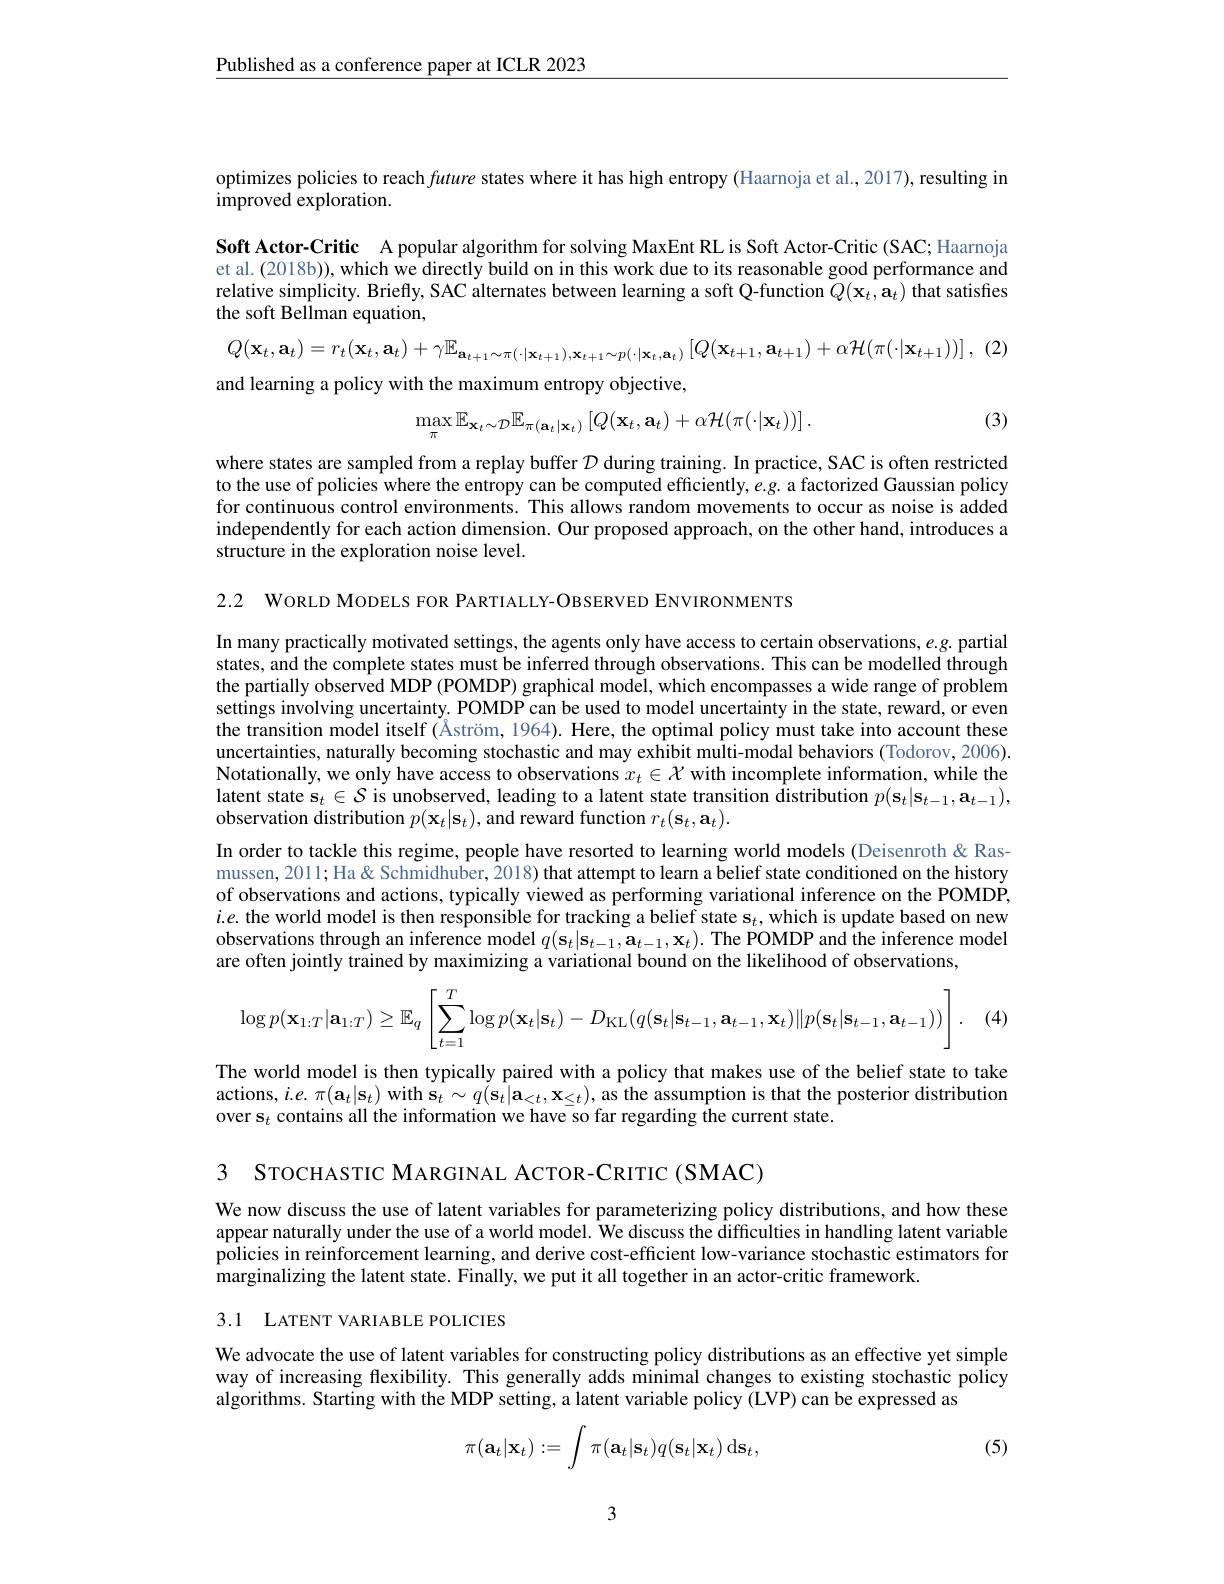
$\underline{\text{Published as a conference paper at ICLR 2023}}$

optimizes policies to reach future states where it has high entropy (Haarnoja et al., 2017), resulting in
improved exploration.

Soft Actor-Critic A popular algorithm for solving MaxEnt RL is Soft Actor-Critic (SAC; Haarnoja et al. (2018b)), which we directly build on in this work due to its reasonable good performance and relative simplicity. Briefly, SAC alternates between learning a soft Q-function $Q(\mathbf{x}_{t},\mathbf{a}_{t})$ that satisfies the soft Bellman equation,
$Q( \mathbf{x} _{t}, \mathbf{a} _{t}) = r_{t}( \mathbf{x} _{t}, \mathbf{a} _{t}) + \gamma \mathbb{E} _{\mathbf{a} _{t+ 1}\sim \pi ( \cdot | \mathbf{x} _{t+ 1}) , \mathbf{x} _{t+ 1}\sim p( \cdot | \mathbf{x} _{t}, \mathbf{a} _{t}) }\left [ Q( \mathbf{x} _{t+ 1}, \mathbf{a} _{t+ 1}) + \alpha \mathcal{H} ( \pi ( \cdot | \mathbf{x} _{t+ 1}) ) \right ] $, (2)
and learning a policy with the maximum entropy objective,

(3)
$$\max_{\pi}\mathbb{E}_{\mathbf{x}_{t}\sim\mathcal{D}}\mathbb{E}_{\pi(\mathbf{a}_{t}|\mathbf{x}_{t})}\left[Q(\mathbf{x}_{t},\mathbf{a}_{t})+\alpha\mathcal{H}(\pi(\cdot|\mathbf{x}_{t}))\right].$$
where states are sampled from a replay buffer $D$ during training. In practice, SAC is often restricted to the use of policies where the entropy can be computed efficiently, $e.g.$ a factorized Gaussian policy for continuous control environments. This allows random movements to occur as noise is added independently for each action dimension. Our proposed approach, on the other hand, introduces a structure in the exploration noise level.

2.2 WORLD MODELS FOR PARTIALLY-OBSERVED ENVIRONMENTS

In many practically motivated settings, the agents only have access to certain observations, $e.g.$ partial states, and the complete states must be inferred through observations. This can be modelled through the partially observed MDP (POMDP) graphical model, which encompasses a wide range of problem settings involving uncertainty. POMDP can be used to model uncertainty in the state, reward, or even the transition model itself (Åström, 1964). Here, the optimal policy must take into account these uncertainties, naturally becoming stochastic and may exhibit multi-modal behaviors (Todorov, 2006). Notationally, we only have access to observations $x_t\in\mathcal{X}$ with incomplete information, while the latent state s$_t\in \mathcal{S}$ is unobserved, leading to a latent state transition distribution $p( \mathbf{s} _t| \mathbf{s} _{t- 1}, \mathbf{a} _{t- 1}) $, observation distribution $p(\mathbf{x}_{t}|\mathbf{s}_{t})$, and reward function $r_t(\mathbf{s}_{t},\mathbf{a}_{t}).$
In order to tackle this regime, people have resorted to learning world models (Deisenroth&Rasmussen, 2011; Ha& Schmidhuber, 2018) that attempt to learn a belief state conditioned on the history of observations and actions, typically viewed as performing variational inference on the POMDP, $i.e.$ the world model is then responsible for tracking a belief state s$_t$,which is update based on new observations through an inference model $q(\mathbf{s}_{t}|\mathbf{s}_{t-1},\mathbf{a}_{t-1},\mathbf{x}_{t}).$ The POMDP and the inference model are often jointly trained by maximizing a variational bound on the likelihood of observations,

(4)
$$\log p(\mathbf{x}_{1:T}|\mathbf{a}_{1:T})\geq\mathbb{E}_q\left[\sum_{t=1}^T\log p(\mathbf{x}_t|\mathbf{s}_t)-D_{\mathrm{KL}}(q(\mathbf{s}_t|\mathbf{s}_{t-1},\mathbf{a}_{t-1},\mathbf{x}_t)\|p(\mathbf{s}_t|\mathbf{s}_{t-1},\mathbf{a}_{t-1}))\right].$$
The world model is then typically paired with a policy that makes use of the belief state to take actions, $i.e.\pi(\mathbf{a}_{t}|\mathbf{s}_{t})$ with $\mathbf{s}_t\sim q(\mathbf{s}_{t}|\mathbf{a}_{<t},\mathbf{x}_{\leq t})$, as the assumption is that the posterior distribution over s$_t$ contains all the information we have so far regarding the current state.

3 STOCHASTIC MARGINAL ACTOR-CRITIC (SMAC)

We now discuss the use of latent variables for parameterizing policy distributions, and how these appear naturally under the use of a world model. $\hat{\text{We discuss the difficulties in handling latent variable}}$ policies in reinforcement learning, and derive cost-efficient low-variance stochastic estimators for marginalizing the latent state. Finally, we put it all together in an actor-critic framework.

3.1 LATENT VARIABLE POLICIES

We advocate the use of latent variables for constructing policy distributions as an effective yet simple way of increasing flexibility. This generally adds minimal changes to existing stochastic policy algorithms. Starting with the MDP setting, a latent variable policy (LVP) can be expressed as
$$\pi(\mathbf{a}_t|\mathbf{x}_t):=\int\pi(\mathbf{a}_t|\mathbf{s}_t)q(\mathbf{s}_t|\mathbf{x}_t)\:\mathrm{d}\mathbf{s}_t,$$
(5)

3